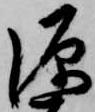
源